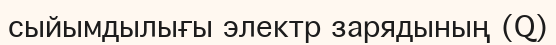
сыйымдылығы электр зарядының (Q)